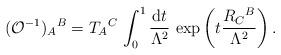
LaTeX: \begin{align*}({\cal O}^{-1})_A{}^B= T_A{}^C\, \int^1_0\frac{{\rm d} t}{\Lambda^2}\, \exp\left(t\frac{R_C{}^B}{\Lambda^2}\right).\end{align*}